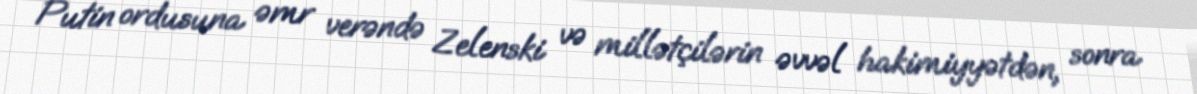
Putin ordusuna əmr verəndə Zelenski və millətçilərin əvvəl hakimiyyətdən, sonra